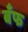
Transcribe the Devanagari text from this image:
बँफ